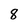
Character: 8